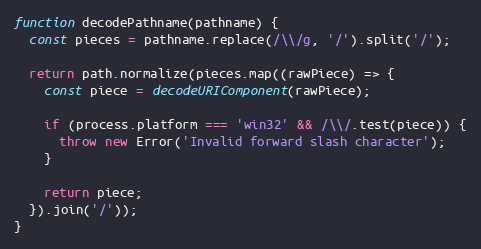
Language: JavaScript
function decodePathname(pathname) {
  const pieces = pathname.replace(/\\/g, '/').split('/');

  return path.normalize(pieces.map((rawPiece) => {
    const piece = decodeURIComponent(rawPiece);

    if (process.platform === 'win32' && /\\/.test(piece)) {
      throw new Error('Invalid forward slash character');
    }

    return piece;
  }).join('/'));
}